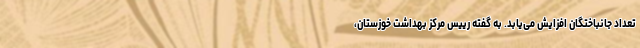
تعداد جانباختگان افزایش می‌یابد. به گفته رییس مرکز بهداشت خوزستان،